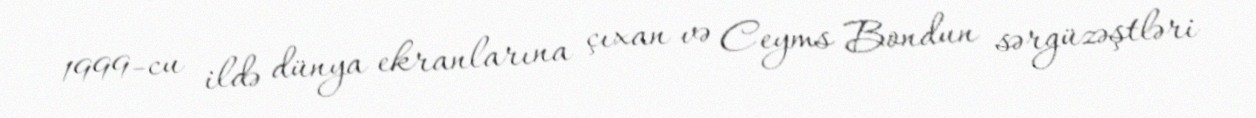
1999-cu ildə dünya ekranlarına çıxan və Ceyms Bondun sərgüzəştləri